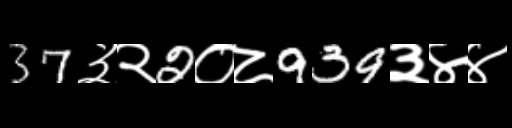
Text: 37३२2०८939३४४